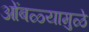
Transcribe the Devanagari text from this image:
ओंबळ्यामुळे